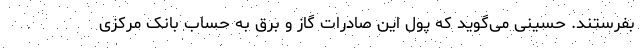
بفرستند. حسینی می‌گوید که پول این صادرات گاز و برق به حساب بانک مرکزی